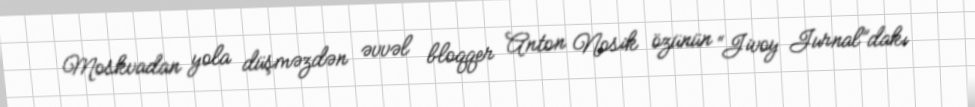
Moskvadan yola düşməzdən əvvəl bloqqer Anton Nosik özünün “Jivoy Jurnal”dakı